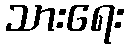
သားရေး